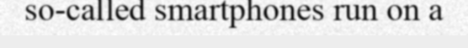
so-called smartphones run on a